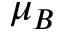
\mu _ { B }